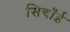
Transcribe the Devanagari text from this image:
सिचाँई